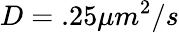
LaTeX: D=.25\mu m^{2}/s